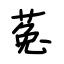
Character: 菟